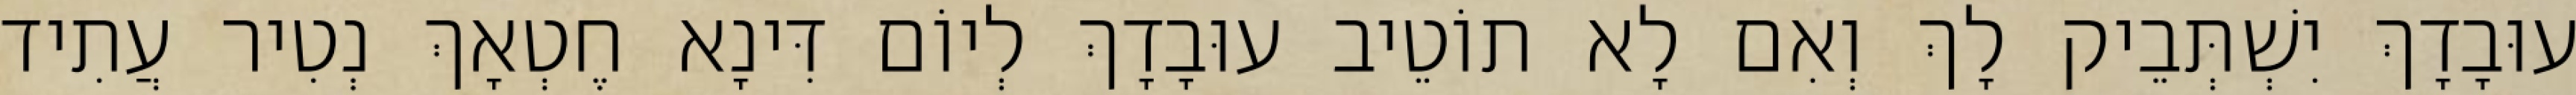
עוּבָדָךְ יִשְׁתְּבֵיק לָךְ וְאִם לָא תוֹטֵיב עוּבָדָךְ לְיוֹם דִּינָא חֶטְאָךְ נְטִיר עֲתִיד